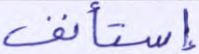
إستأنف